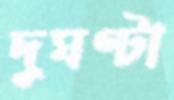
দুঘণ্টা